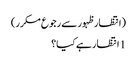
(انتظار ظہور سے رجوع مکرر)
1 انتظار ہے کیا؟